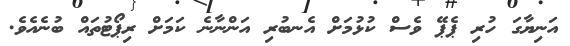
އަނިޔާގަ ހުރި ޕެޕޭ ވެސް ކުޅުމަށް އެނބުރި އަންނާނެ ކަމަށް ރިޕޯޓުތައް ބުނެއެވެ.